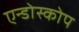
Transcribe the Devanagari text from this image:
एन्डोस्कोप